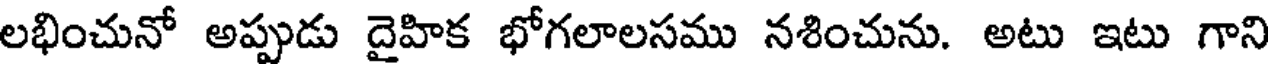
లభించునో అప్పుడు దైహిక భోగలాలసము నశించును. అటు ఇటు గాని